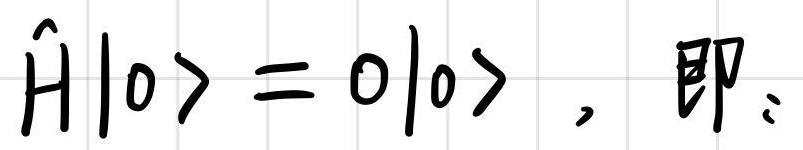
$\hat{H}|0\rangle=0|0\rangle\,\$即: